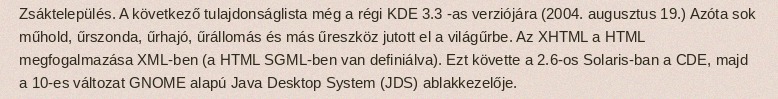
Zsáktelepülés. A következő tulajdonságlista még a régi KDE 3.3 -as verziójára (2004. augusztus 19.) Azóta sok műhold, űrszonda, űrhajó, űrállomás és más űreszköz jutott el a világűrbe. Az XHTML a HTML megfogalmazása XML-ben (a HTML SGML-ben van definiálva). Ezt követte a 2.6-os Solaris-ban a CDE, majd a 10-es változat GNOME alapú Java Desktop System (JDS) ablakkezelője.